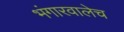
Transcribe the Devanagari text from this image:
भंगारवालेच